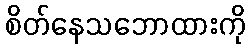
စိတ်နေသဘောထားကို